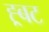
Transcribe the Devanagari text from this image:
ह्र्बट